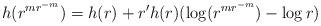
LaTeX: \begin{align*} h(r^{mr^{-m}}) = h(r) + r'h(r) (\log (r^{mr^{-m}}) - \log r) \end{align*}